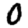
Digit: 0